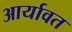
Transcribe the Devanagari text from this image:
आर्यावत